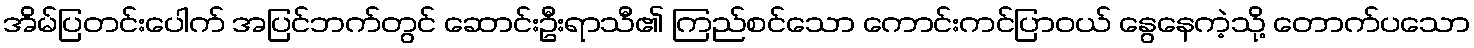
အိမ်ပြတင်းပေါက် အပြင်ဘက်တွင် ဆောင်းဦးရာသီ၏ ကြည်စင်သော ကောင်းကင်ပြာဝယ် နွေနေကဲ့သို့ တောက်ပသော